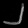
Digit: ၂